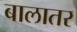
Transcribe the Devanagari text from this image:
बालातर